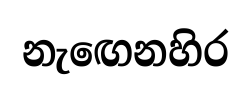
නැඟෙනහිර